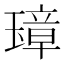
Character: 𤨼